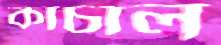
কাচাল